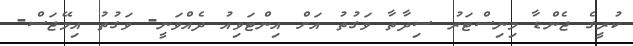
ކުރީގެ ޖެންޑާ މިނިސްޓަރު ސިދާތާ ވަގުތު އަށް އިންޓަވިއު ދެއްވަނީ- ވަގުތު އިމޭޖަސް-